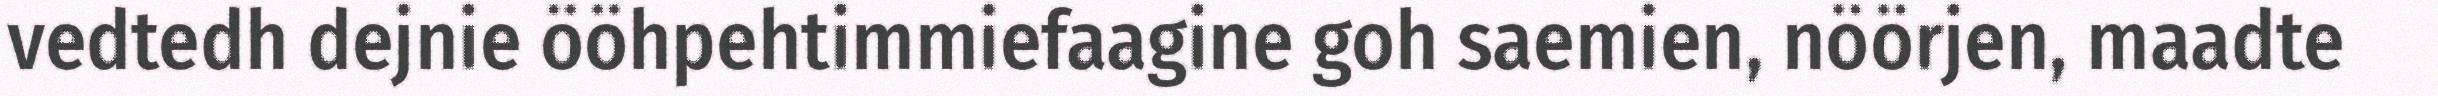
vedtedh dejnie ööhpehtimmiefaagine goh saemien, nöörjen, maadte